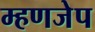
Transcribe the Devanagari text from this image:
म्हणजेप